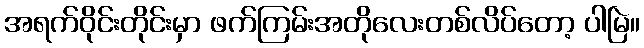
အရက်ဝိုင်းတိုင်းမှာ ဖက်ကြမ်းအတိုလေးတစ်လိပ်တော့ ပါမြဲ။